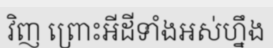
វិញ ព្រោះអីដីទាំងអស់ហ្នឹង